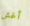
أغش